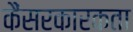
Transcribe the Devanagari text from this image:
कैंसरकारकता